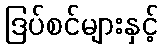
ဒြပ်စင်များနှင့်